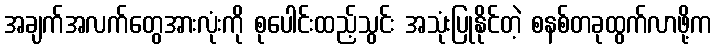
အချက်အလက်တွေအားလုံးကို စုပေါင်းထည့်သွင်း အသုံးပြုနိုင်တဲ့ စနစ်တခုထွက်လာဖို့က